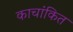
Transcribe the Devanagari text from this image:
काचांकित